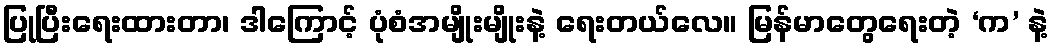
ပြုပြီးရေးထားတာ၊ ဒါကြောင့် ပုံစံအမျိုးမျိုးနဲ့ ရေးတယ်လေ။ မြန်မာတွေရေးတဲ့ ‘က’ နဲ့